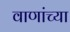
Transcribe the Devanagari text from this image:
वाणांच्या